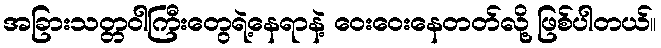
အခြားသတ္တဝါကြီးတွေရဲ့နေရာနဲ့ ဝေးဝေးနေတတ်လို့ ဖြစ်ပါတယ်။